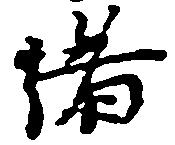
緒